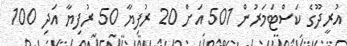
އުރީދޫގެ ކަސްޓަމަރުން 501 އަށް 20 ރުފިޔާ 50 ރުފިޔާ އަދި 100